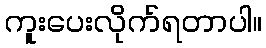
ကူးပေးလိုက်ရတာပါ။